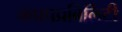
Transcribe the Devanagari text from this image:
कप्रपप्रबिलिटी